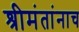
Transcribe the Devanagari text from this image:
श्रीमंतांनाच